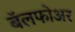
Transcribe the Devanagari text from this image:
बॅलफोअर